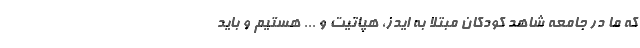
که ما در جامعه شاهد کودکان مبتلا به ایدز، هپاتیت و ... هستیم و باید